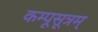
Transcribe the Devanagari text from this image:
कम्पूसूत्रम्